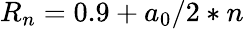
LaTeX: R_{n}=0.9+a_{0}/2*n